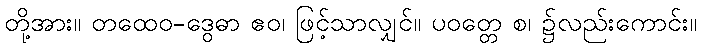
တို့အား။ တထေဝ-ဒွေဓာ ဧဝ၊ ဖြင့်သာလျှင်။ ပဝတ္တေ စ၊ ၌လည်းကောင်း။